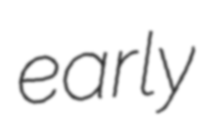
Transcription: early